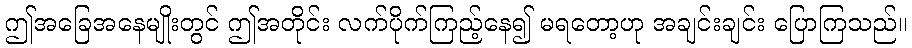
ဤအခြေအနေမျိုးတွင် ဤအတိုင်း လက်ပိုက်ကြည့်နေ၍ မရတော့ဟု အချင်းချင်း ပြောကြသည်။